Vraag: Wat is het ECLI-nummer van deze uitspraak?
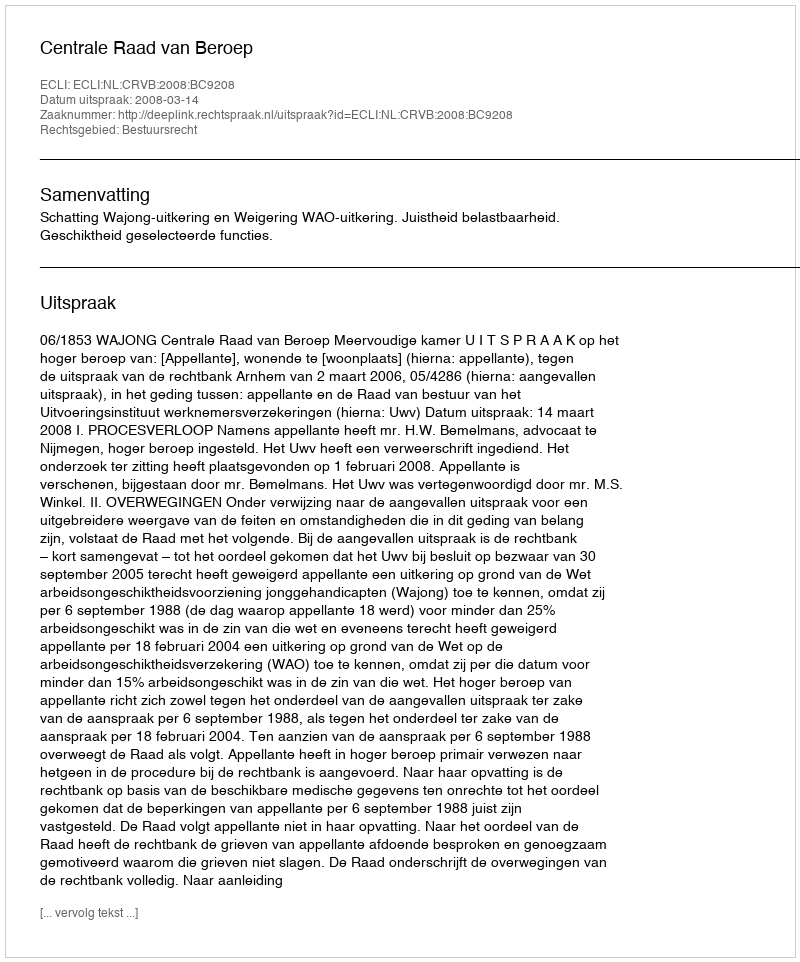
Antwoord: ECLI:NL:CRVB:2008:BC9208